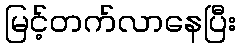
မြင့်တက်လာနေပြီး